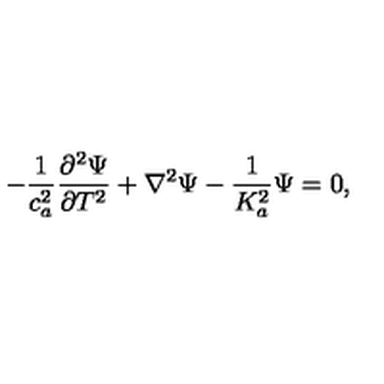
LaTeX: - \frac { 1 } { c _ { a } ^ { 2 } } \frac { \partial ^ { 2 } \Psi } { \partial T ^ { 2 } } + \nabla ^ { 2 } \Psi - \frac { 1 } { K _ { a } ^ { 2 } } \Psi = 0 ,